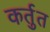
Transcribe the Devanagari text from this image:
कर्तुत